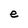
Character: e